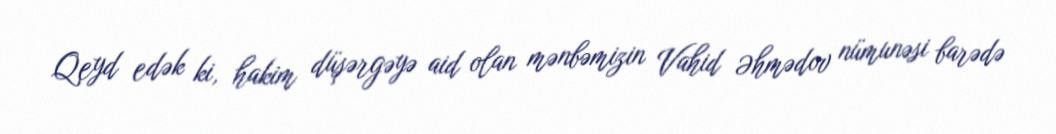
Qeyd edək ki, hakim düşərgəyə aid olan mənbəmizin Vahid Əhmədov nümunəsi barədə